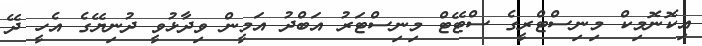
އިކޮނޮމިކް މިނިސްޓްރީގެ ސްޓޭޓް މިނިސްޓަރު އަބްދު އަމީން ވިދާޅުވީ ދުނިޔޭގެ އެހީ ދޭ